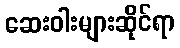
ဆေးဝါးများဆိုင်ရာ